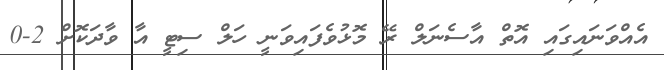
އެއްވަނައިގައި އޮތް އާސެނަލް ރޭ މޮޅުވެފައިވަނީ ހަލް ސިޓީ އާ ވާދަކޮށް 2-0